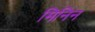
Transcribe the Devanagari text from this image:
मिनिन